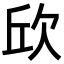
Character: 𣢥